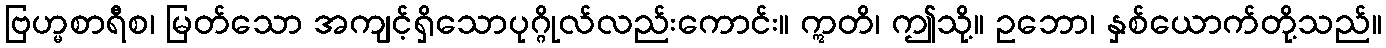
ဗြဟ္မစာရီစ၊ မြတ်သော အကျင့်ရှိသောပုဂ္ဂိုလ်လည်းကောင်း။ ဣတိ၊ ဤသို့။ ဥဘော၊ နှစ်ယောက်တို့သည်။